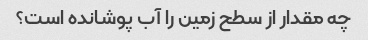
چه مقدار از سطح زمین را آب پوشانده است؟